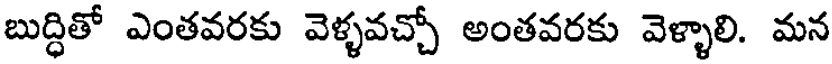
బుద్ధితో ఎంతవరకు వెళ్ళవచ్చో అంతవరకు వెళ్ళాలి. మన